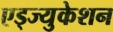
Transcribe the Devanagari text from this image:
एड्ज्युकेशन